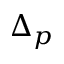
\Delta _ { p }